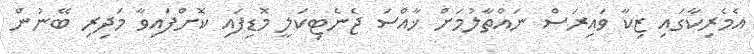
އެމެރިކާގައި ޒިކާ ވައިރަސް ނައްތާލުމަށް ޚާއްސަ ޖެނެޓިކަލީ މޮޑިފައި ކޮށްފައިވާ މަދިރި ބޭނުން